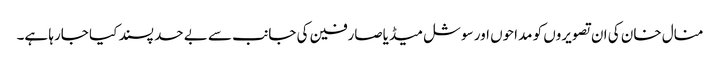
منال خان کی ان تصویروں کو مداحوں اور سوشل میڈیاصارفین کی جانب سے بے حد پسند کیا جارہا ہے۔